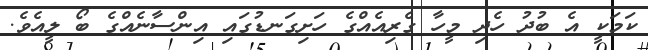
ކަމަކީ އެ ބުދު ހެދި މީހާ ގެރިއެއްގެ ހަށިގަނޑުގައި އިންސާނެއްގެ ބޯ ލީއެވެ.